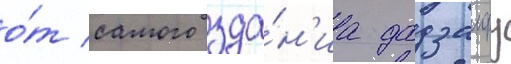
о́т самого зда́н'иа дадзаифу